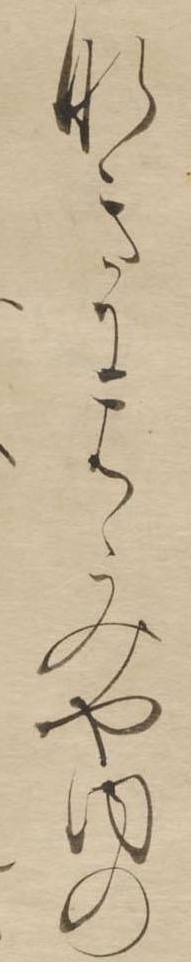
なきにはゝみや内の